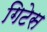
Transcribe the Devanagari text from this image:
गिटेस